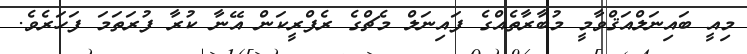
މިއީ ބައިނަލްއަޤްވާމީ މުބާރާތެއްގެ ފައިނަލް މެޗްގެ ރެފްރީކަން އޭނާ ކުރާ ފުރަތަމަ ފަހަރެވެ.